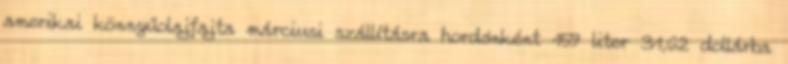
amerikai könnyűolajfajta márciusi szállításra hordónként 159 liter 31,62 dollárba